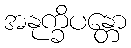
အနုက္ခိပန္တော